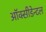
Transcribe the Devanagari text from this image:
ऑक्सीडेन्टल